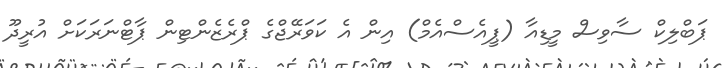
ޕަބްލިކް ސާވިސް މީޑިއާ (ޕީއެސްއެމް) އިން އެ ކަވަރޭޖްގެ ޕްރެޒެންޓިން ޕާޓްނަރަކަށް އުރީދޫ